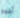
أحجار